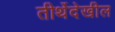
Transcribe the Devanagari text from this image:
तीर्थेदेखील